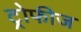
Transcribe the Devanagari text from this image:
ट्रोफीज